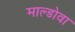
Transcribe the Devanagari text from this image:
माल्डोवा